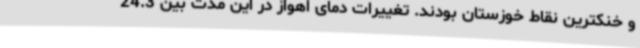
و خنکترین نقاط خوزستان بودند. تغییرات دمای اهواز در این مدت بین 24.3